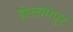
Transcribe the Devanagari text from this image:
ईस्लामपुर